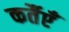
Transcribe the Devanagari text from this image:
कर्तैएँ